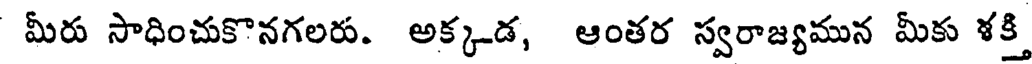
మీరు సాధించుకొనగలరు. అక్కడ, ఆంతర స్వరాజ్యమున మీకు శక్తి